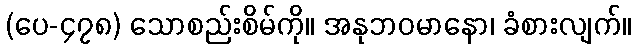
(ပေ-၄၇၈) သောစည်းစိမ်ကို။ အနုဘဝမာနော၊ ခံစားလျက်။